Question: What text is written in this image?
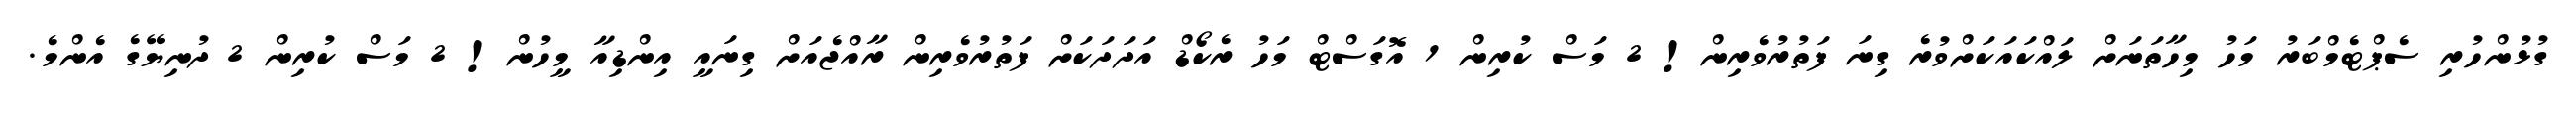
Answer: ގުޅުންހުރި ސެޕްޓެމްބަރު މަހު މިހާތަނަށް ލައްކައަކަށްވުރެ ގިނަ ފަތުރުވެރިން! 2 މަސް ކުރިން 1 އޮގަސްޓް މަހު ރެކޯޑް އަދަދަކަށް ފަތުރުވެރިން ރާއްޖެއަށް ގިނައީ އިންޑިއާ މީހުން! 2 މަސް ކުރިން 2 ދުނިޔޭގެ އެންމެ.